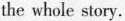
the whole story.